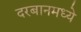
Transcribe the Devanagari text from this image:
दरबानमध्ये